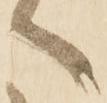
へ